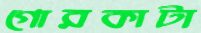
গোরকাটা